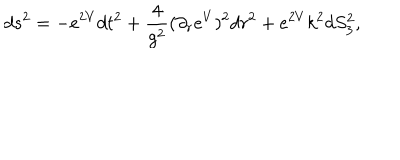
LaTeX: d s ^ { 2 } = - e ^ { 2 V } d t ^ { 2 } + { \frac { 4 } { g ^ { 2 } } ( } \partial _ { r } e ^ { V } ) ^ { 2 } d r ^ { 2 } + e ^ { 2 V } k ^ { 2 } d S _ { 3 } ^ { 2 } ,